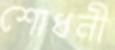
শোধনী